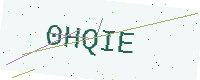
Text: 0HQIE